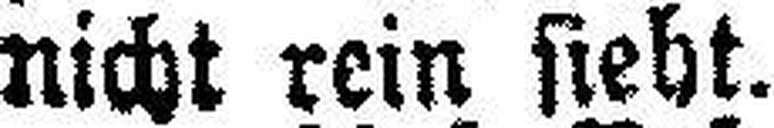
nicht rein sieht.